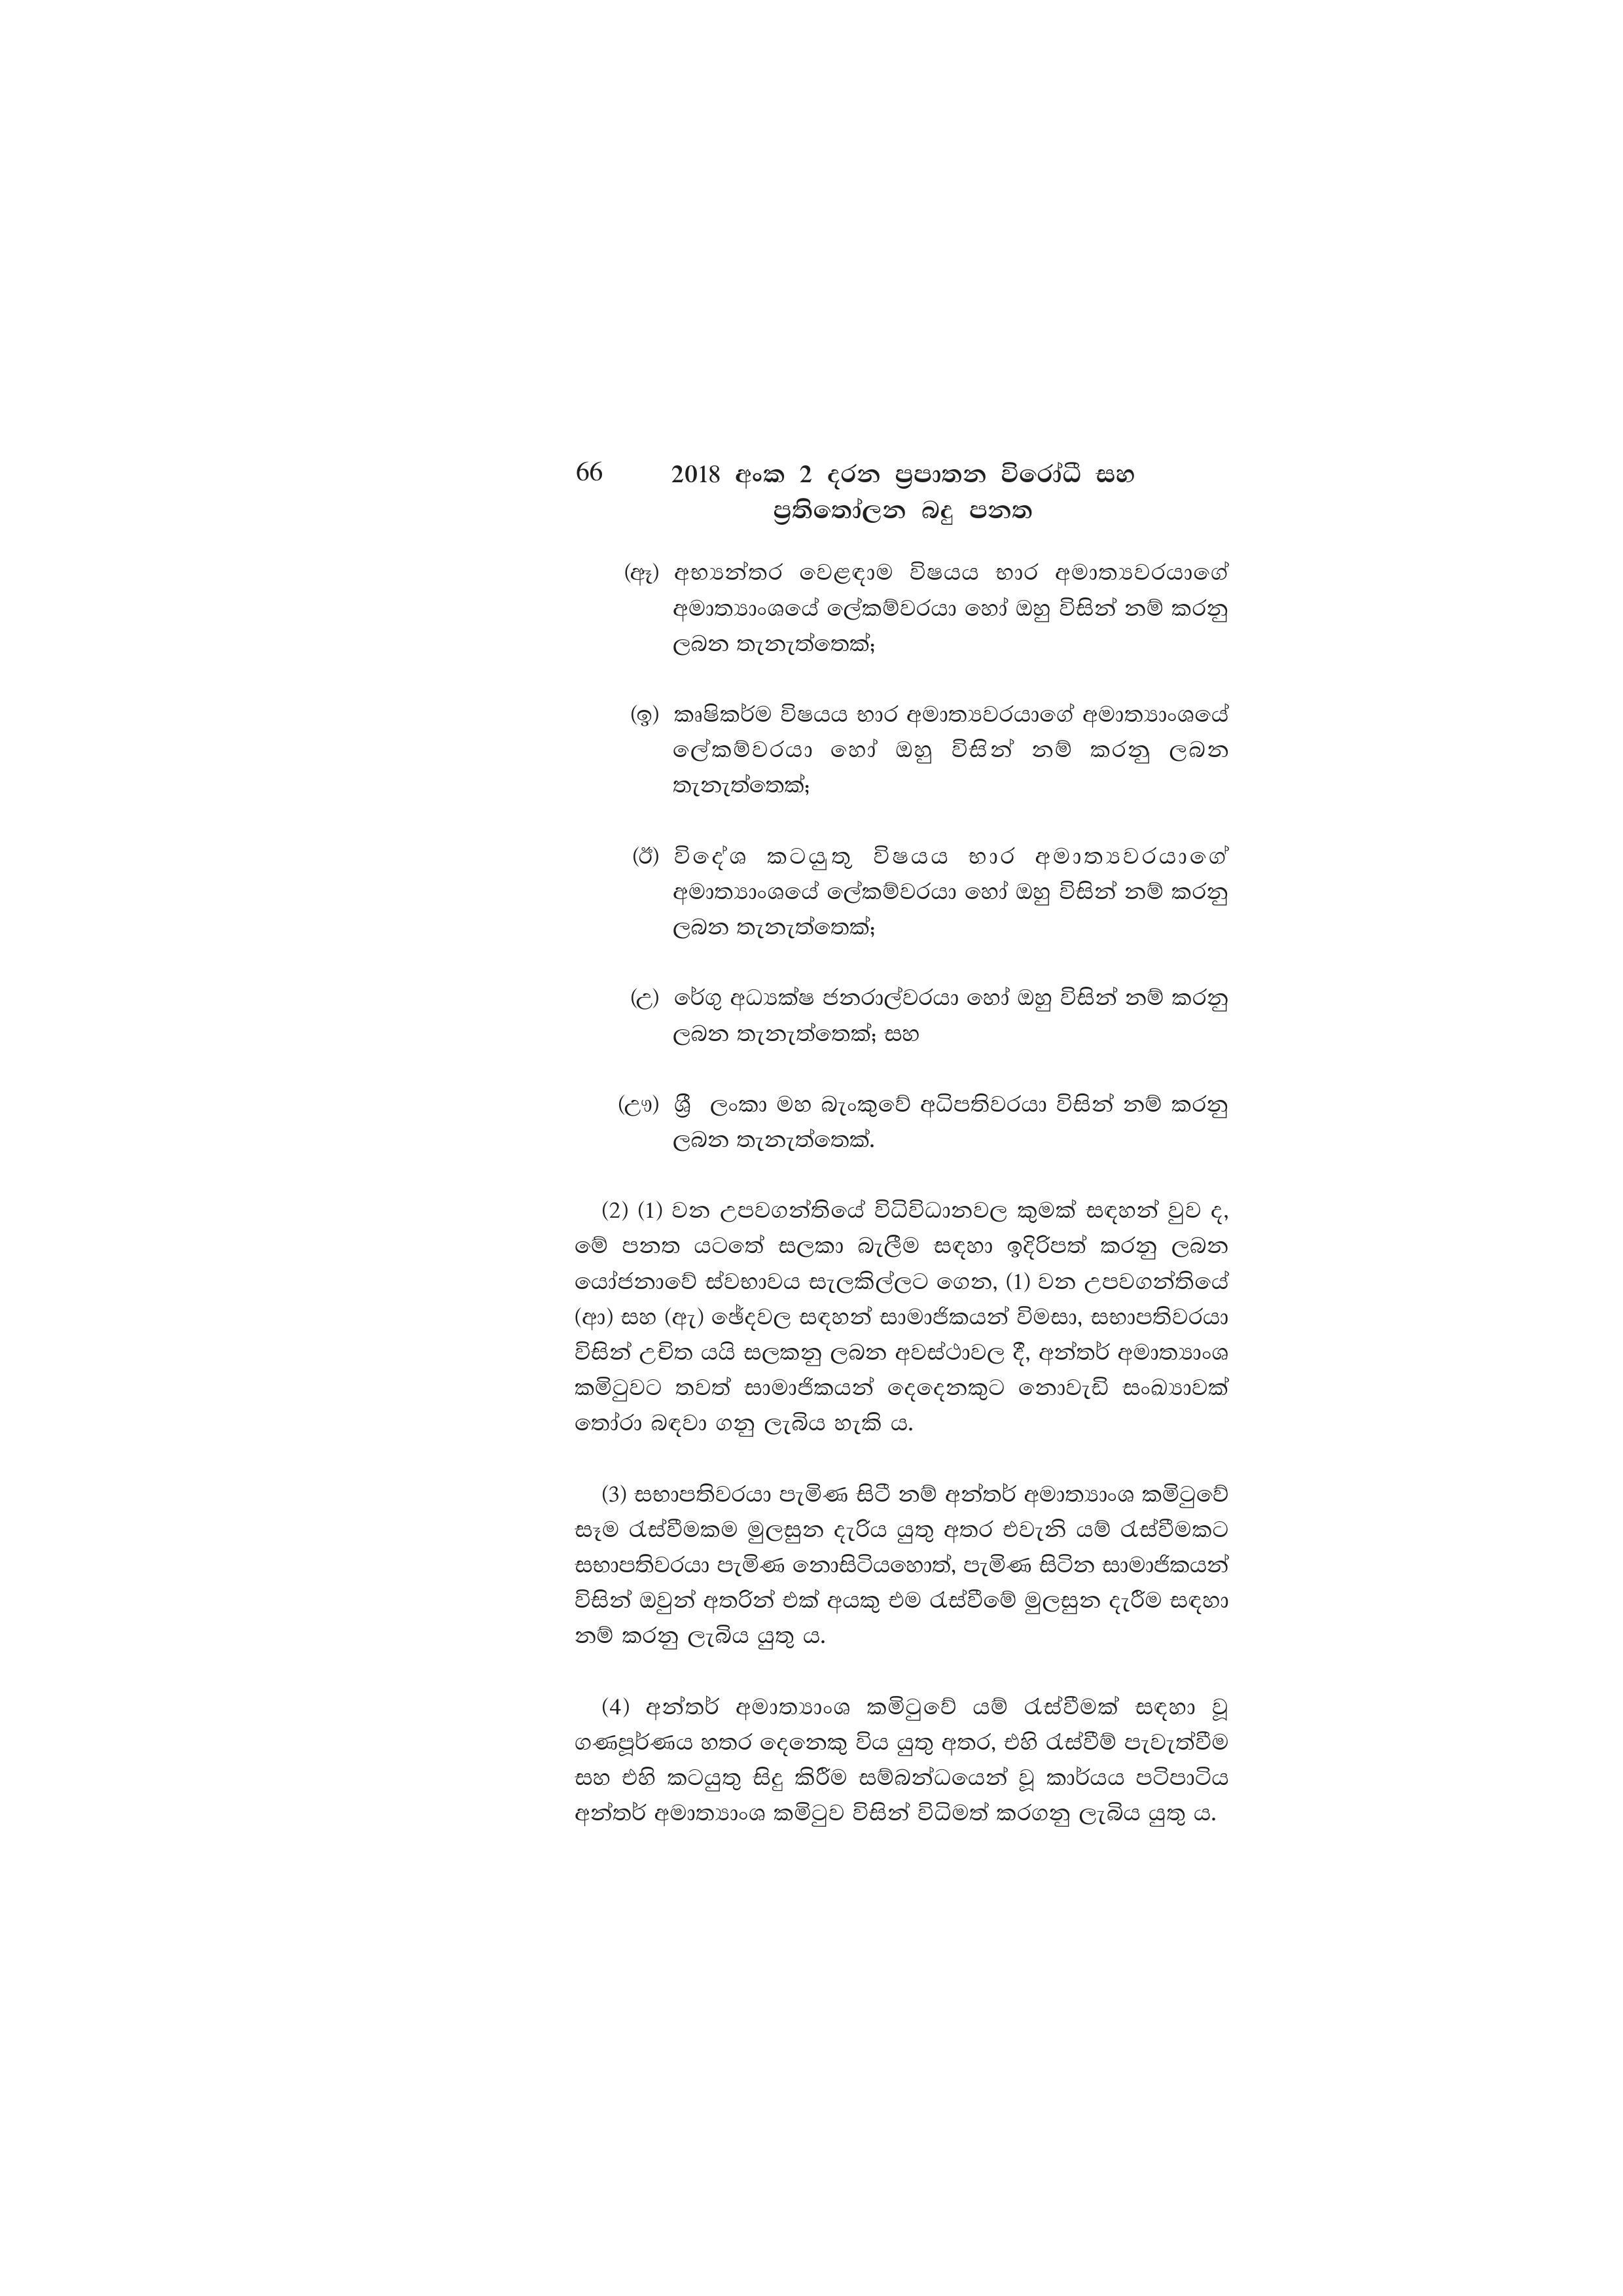
66 2018 අංක 2 දරන ප්‍රපාතන විරෝධී සහ
ප්‍රතිතෝලන බදු පනත

(ඈ) අභ්‍යන්තර වෙළඳාම විෂයය භාර අමාත්‍යවරයාගේ
අමාත්‍යාංශයේ ලේකම්වරයා හෝ ඔහු විසින් නම් කරනු
ලබන තැනැත්තෙක්;

(ඉ) කෘෂිකර්ම විෂයය භාර අමාත්‍යවරයාගේ අමාත්‍යාංශයේ
ලේකම්වරයා හෝ ඔහු විසින් නම් කරනු ලබන
තැනැත්තෙක්;

(ඊ) විදේශ කටයුතු විෂයය භාර අමාත්‍යවරයාගේ
අමාත්‍යාංශයේ ලේකම්වරයා හෝ ඔහු විසින් නම් කරනු
ලබන තැනැත්තෙක්;

(උ) රේගු අධ්‍යක්ෂ ජනරාල්වරයා හෝ ඔහු විසින් නම් කරනු
ලබන තැනැත්තෙක්; සහ

(ඌ) ශ්‍රී ලංකා මහ බැංකුවේ අධිපතිවරයා විසින් නම් කරනු
ලබන තැනැත්තෙක්.

(2) (1) වන උපවගන්තියේ විධිවිධානවල කුමක් සඳහන් වුව ද,
මේ පනත යටතේ සලකා බැලීම සඳහා ඉදිරිපත් කරනු ලබන
යෝජනාවේ ස්වභාවය සැලකිල්ලට ගෙන, (1) වන උපවගන්තියේ
(ආ) සහ (ඇ) ඡේදවල සඳහන් සාමාජිකයන් විමසා, සභාපතිවරයා
විසින් උචිත යයි සලකනු ලබන අවස්ථාවල දී, අන්තර් අමාත්‍යාංශ
කමිටුවට තවත් සාමාජිකයන් දෙදෙනකුට නොවැඩි සංඛ්‍යාවක්
තෝරා බඳවා ගනු ලැබිය හැකි ය.

(3) සභාපතිවරයා පැමිණ සිටී නම් අන්තර් අමාත්‍යාංශ කමිටුවේ
සෑම රැස්වීමකම මුලසුන දැරිය යුතු අතර එවැනි යම් රැස්වීමකට
සභාපතිවරයා පැමිණ නොසිටියහොත්, පැමිණ සිටින සාමාජිකයන්
විසින් ඔවුන් අතරින් එක් අයකු එම රැස්වීමේ මුලසුන දැරීම සඳහා
නම් කරනු ලැබිය යුතු ය.

(4) අන්තර් අමාත්‍යාංශ කමිටුවේ යම් රැස්වීමක් සඳහා වූ
ගණපූර්ණය හතර දෙනෙකු විය යුතු අතර, එහි රැස්වීම් පැවැත්වීම
සහ එහි කටයුතු සිදු කිරීම සම්බන්ධයෙන් වූ කාර්යය පටිපාටිය
අන්තර් අමාත්‍යාංශ කමිටුව විසින් විධිමත් කරගනු ලැබිය යුතු ය.